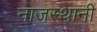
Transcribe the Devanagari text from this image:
नाजस्थानी